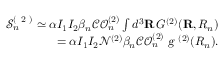
\begin{array} { r } { \mathcal { S } _ { n } ^ { ( \mathrm { ~ 2 ~ } ) } \simeq \alpha I _ { 1 } I _ { 2 } \beta _ { { n } } \mathcal { C O } _ { n } ^ { ( 2 ) } \int d ^ { 3 } \mathbf { R } \, { G ^ { ( 2 ) } } ( \mathbf { R } , R _ { n } ) } \\ { = \alpha I _ { 1 } I _ { 2 } \mathcal { N } ^ { ( 2 ) } \beta _ { n } \mathcal { C O } _ { n } ^ { ( 2 ) } \textsl { g } ^ { ( 2 ) } ( R _ { n } ) . } \end{array}